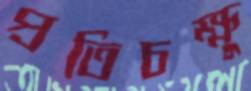
প্রতিচক্ষু